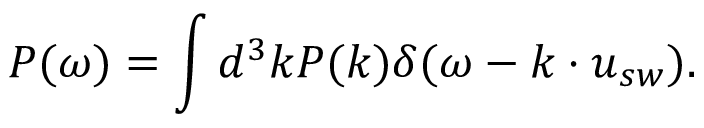
P ( \omega ) = \int d ^ { 3 } k P ( \boldsymbol { k } ) \delta ( \omega - \boldsymbol { k } \cdot \boldsymbol { u } _ { s w } ) .